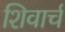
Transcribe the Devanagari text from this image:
शिवार्च